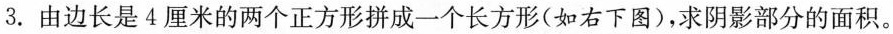
3.由边长是4厘米的两个正方形拼成一个长方形(如右下图)，求阴影部分的面积。